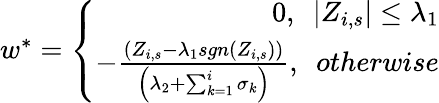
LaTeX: \begin{array}{r}{w^{\ast}=\left\{ \begin{array}{r}{0,\ \ |Z_{i,s}|\leq\lambda_{1}}\\ {-\frac{\left(Z_{i,s}-\lambda_{1}sgn\left(Z_{i,s}\right)\right)}{\left(\lambda_{2}+\sum_{k=1}^{i}\sigma_{k}\right)},\ \ otherwise}\end{array}\right.}\end{array}